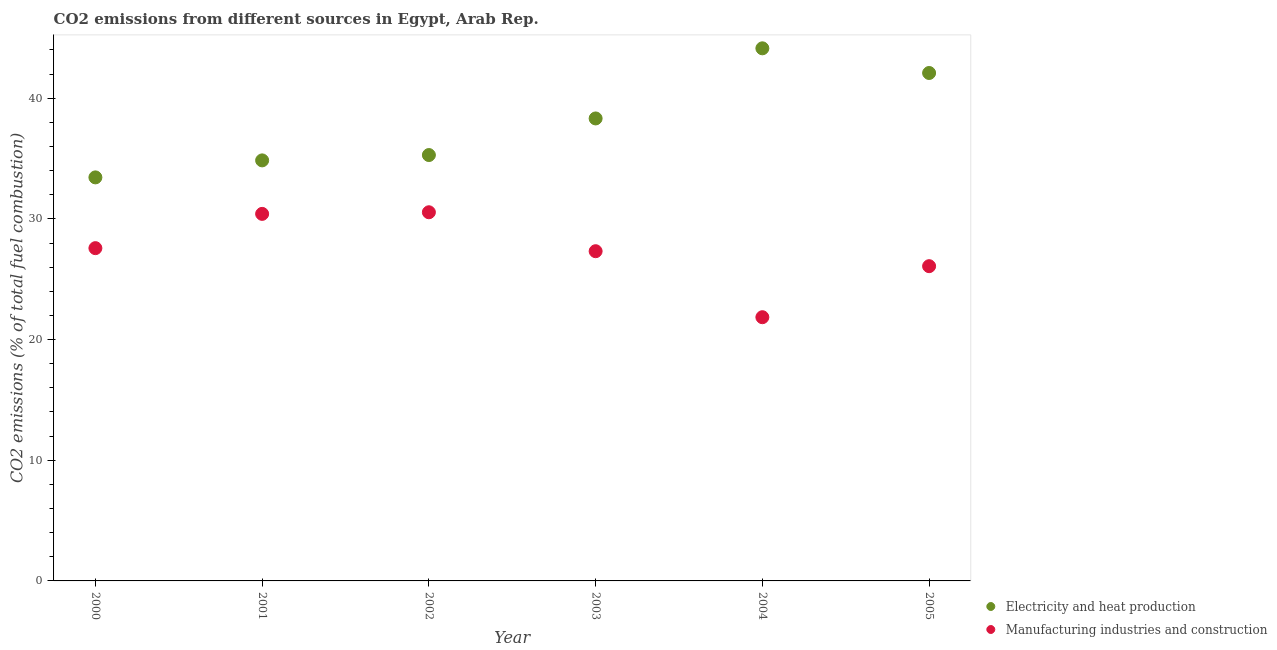
| Year | Electricity and heat production | Manufacturing industries and construction |
 | --- | --- | --- |
 | 2000 | 33.4 | 27.6 |
 | 2001 | 34.8 | 30.4 |
 | 2002 | 35.3 | 30.6 |
 | 2003 | 38.3 | 27.3 |
 | 2004 | 44.1 | 21.9 |
 | 2005 | 42.1 | 26.1 |